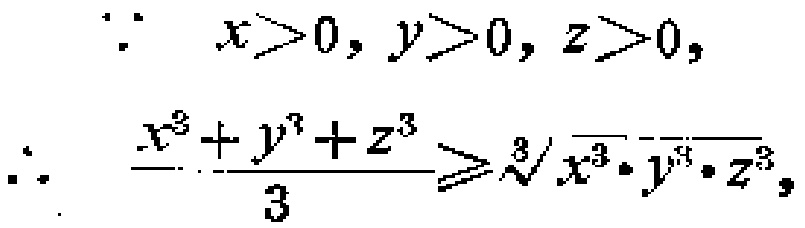
\[\begin{align*}

&\because\quad x > 0, y > 0, z > 0,\\

&\therefore\quad \frac{x^{3}+y^{3}+z^{3}}{3}\geqslant\sqrt[3]{x^{3}\cdot y^{3}\cdot z^{3}},

\end{align*}\]